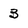
Character: 3